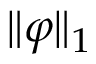
\| \varphi \| _ { 1 }